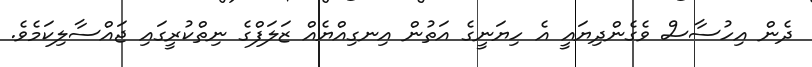
ދެން އިހުސާސް ވެގެންދިޔައީ އެ ހިޔަނީގެ އަތުން އިނގިއްޔެއް ޒަލަފްގެ ނިތްކުރީގައި ޖައްސާލިކަމެވެ.